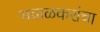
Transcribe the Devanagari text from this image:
भवाळकरांचा